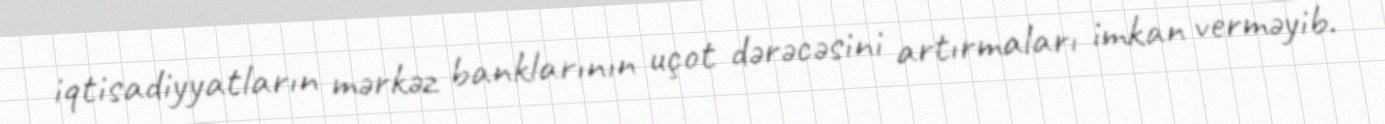
iqtisadiyyatların mərkəz banklarının uçot dərəcəsini artırmaları imkan verməyib.